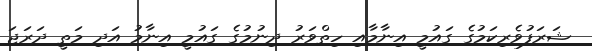
ޝަރަފުވެރިކަމުގެ ގައުމީ އިނާމާއި ހިތްވަރު ދިނުމުގެ ގައުމީ އިނާމު އަދި މަތީ ދަރަޖަ